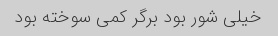
خیلی شور بود برگر کمی سوخته بود